Civil Veterinary Department Bengal reports 1923-33 - 1923-1933
Year: 1923
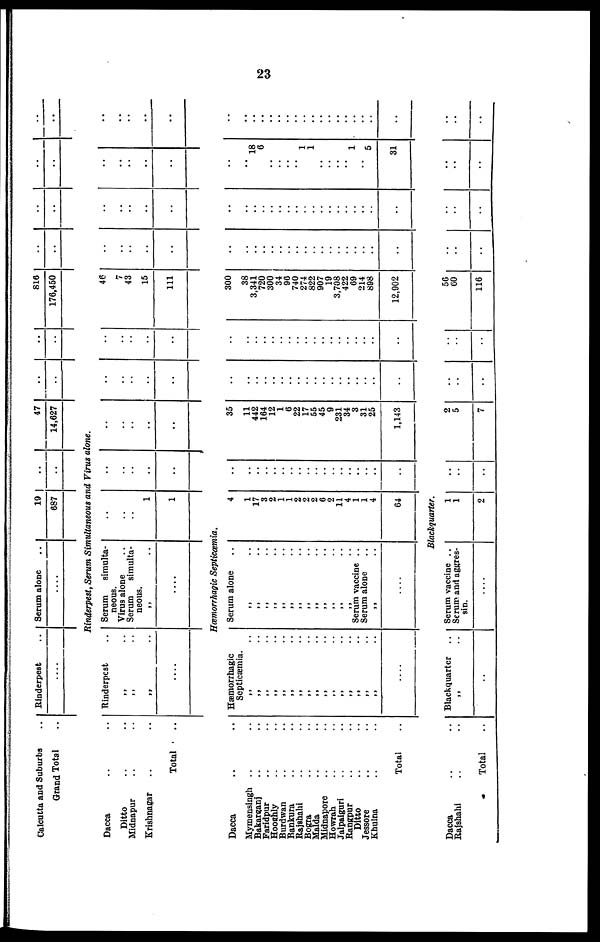
23
Calcutta and Suburbs ..
Grand Total ..
Dacca .. ..
Ditto .. ..
Midnapur .. ..
Krishnagar .. ..
Total ..
Rinderpest ..
....
Serum alone ..
....
19
887
..
..
47
14,627
..
..
..
..
810
176,450
..
..
..
..
..
..
..
..
Rinderpest, Serum Simultaneous and Virus alone.
Rinderpest ..
„ ..
„ ..
„ ..
....
Serum
simulta-
neous.
Virus alone
Serum
simulta-
neous.
„ ..
....
..
..
..
1
1
..
..
..
..
..
..
..
..
..
..
..
..
..
..
..
..
..
..
..
..
46
7
43
15
111
..
..
..
..
..
..
..
..
..
..
..
..
..
..
..
..
..
..
..
Hæmorrhagic Septicæmia.
Dacca .. ..
Mymensingh .. ..
Bakarganj .. ..
Faridpur .. ..
Hooghly .. ..
Burdwan .. ..
Bankura .. ..
Rajshahi .. ..
Bogra .. ..
Malda .. ..
Midnapore .. ..
Howrah .. ..
Jalpaiguri .. ..
Rangpur .. ..
Ditto .. ..
Jessore .. ..
Khulna .. ..
Total ..
Hæmorrhagic
Septicæmia.
„ ..
„ ..
„ ..
„ ..
„ ..
„ ..
„ ..
„ ..
„ ..
„ ..
„ ..
„ ..
„ ..
„ ..
„ ..
„ ..
....
Serum alone
„ ..
„ ..
„ ..
„ ..
„ ..
„ ..
„ ..
„ ..
„ ..
„ ..
„ ..
„ ..
Serum vaccine ..
Serum alone
„ ..
....
4
1
17
3
2
1
1
2
2
2
6
2
11 4
1
1
4
04
..
..
..
..
..
..
..
..
..
.. ..
.. ..
..
.. ..
..
..
35
11
442
104
12
1
6
22
17
55
45
9
231
34
3
31
25
1,143
..
..
..
..
..
..
..
..
..
.. ..
.. ..
..
.. ..
..
..
..
..
..
..
..
..
..
..
..
.. ..
.. ..
..
.. ..
..
..
300
38
3,341
720
300
34
96
740
274
822
907
19
3,708
422
69
214
898
12,902
..
..
..
..
..
..
..
..
..
.. ..
.. ..
..
.. ..
..
..
..
..
..
..
..
..
..
..
..
.. ..
.. ..
..
.. ..
..
..
..
.. 18
6
..
..
..
..
1
1
..
.. ..
1
...
5
31
..
..
..
..
..
..
..
..
..
.. ..
.. ..
..
.. ..
..
Blackquarter.
Dacca ... ..
Rajashahi .. ..
Total ..
Blackquarter ..
„ ..
..
Serum vaccine ..
Serum and aggres-
sin.
..
1
1
2
..
..
..
2
5
7
..
..
..
..
..
..
56
00
116
..
..
..
..
..
..
..
..
..
..
..
..